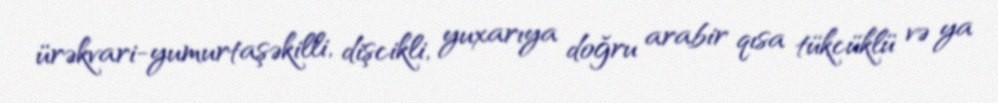
ürəkvari-yumurtaşəkilli, dişcikli, yuxarıya doğru arabir qısa tükcüklü və ya